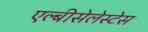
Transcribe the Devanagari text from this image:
एल्बीसेलेस्टेस